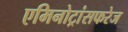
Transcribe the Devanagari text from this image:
एमिनोट्रांसफरेज